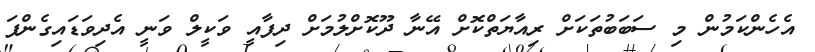
އެހެންކަމުން މި ސަބަބުތަކަށް ރިއާޔަތްކޮށް އޭނާ ދޫކޮށްލުމަށް ދިފާއީ ވަކީލް ވަނީ އެދިވަޑައިގެންފަ